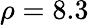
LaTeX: \rho=8.3